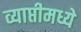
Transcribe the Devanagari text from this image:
व्याप्तीमध्ये